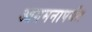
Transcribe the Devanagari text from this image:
आगमनापर्यंत